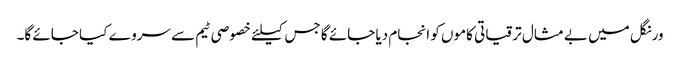
ورنگل میں بے مثال ترقیاتی کاموں کو انجام دیا جائے گا جس کیلئے خصوصی ٹیم سے سروے کیا جائے گا۔